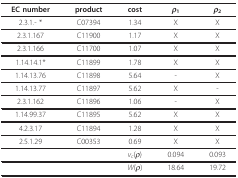
<table><thead><tr><td><b>EC number</b></td><td><b>product</b></td><td><b>cost</b></td><td><b><i>ρ</i><sub>1</sub></b></td><td><b><i>ρ</i><sub>2</sub></b></td></tr></thead><tbody><tr><td>2.3.1.- *</td><td>C07394</td><td>1.34</td><td>X</td><td>X</td></tr><tr><td>2.3.1.167</td><td>C11900</td><td>1.17</td><td>X</td><td>X</td></tr><tr><td>2.3.1.166</td><td>C11700</td><td>1.07</td><td>X</td><td>X</td></tr><tr><td>1.14.14.1*</td><td>C11899</td><td>1.78</td><td>X</td><td>X</td></tr><tr><td>1.14.13.76</td><td>C11898</td><td>5.64</td><td>-</td><td>X</td></tr><tr><td>1.14.13.77</td><td>C11897</td><td>5.62</td><td>X</td><td>-</td></tr><tr><td>2.3.1.162</td><td>C11896</td><td>1.06</td><td>-</td><td>X</td></tr><tr><td>1.14.99.37</td><td>C11895</td><td>5.62</td><td>X</td><td>X</td></tr><tr><td>4.2.3.17</td><td>C11894</td><td>1.28</td><td>X</td><td>X</td></tr><tr><td>2.5.1.29</td><td>C00353</td><td>0.69</td><td>X</td><td>X</td></tr><tr><td></td><td></td><td><i>v<sub>c</sub></i>(<i>ρ</i>)</td><td>0.094</td><td>0.093</td></tr><tr><td></td><td></td><td><i>W</i>(<i>ρ</i>)</td><td>18.64</td><td>19.72</td></tr></tbody></table>